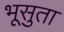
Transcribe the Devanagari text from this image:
भूसुता